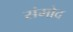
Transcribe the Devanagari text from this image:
संमोद